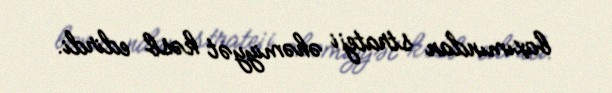
baxımından strateji əhəmiyyət kəsb edirdi.